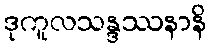
ဒုကူလသန္ဒဿနာနိ